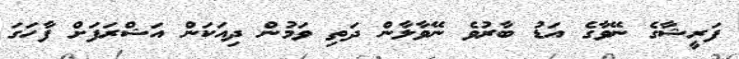
ފަރީޝާގެ ނޭވާގެ އަޑު ބާރުވެ ނޭވާލާން ދަތި ވަމުން ދިއަކަން އަޝްރަފަށް ފާހަގަ